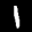
Label: 1